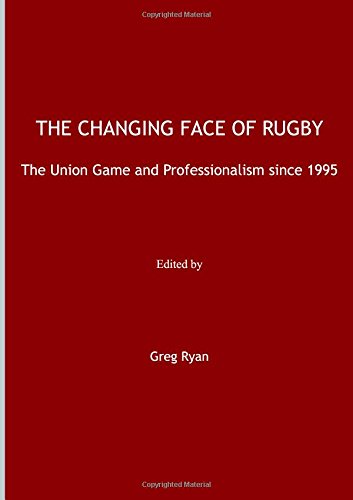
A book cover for The Changing Face of Rugby: The Union Game and Professionalism since 1995; Greg Ryan; Sports & Outdoors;